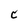
Character: C